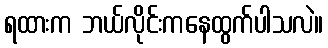
ရထားက ဘယ်လိုင်းကနေထွက်ပါသလဲ။